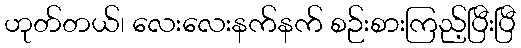
ဟုတ်တယ်၊ လေးလေးနက်နက် စဉ်းစားကြည့်ပြီးပြီ